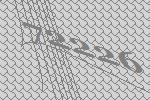
72226